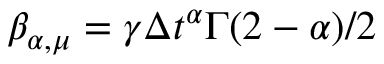
\beta _ { \alpha , \mu } = \gamma \Delta t ^ { \alpha } \Gamma ( 2 - \alpha ) / 2